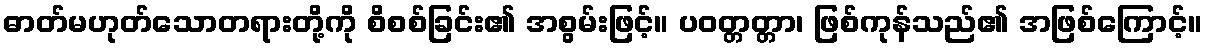
ဓာတ်မဟုတ်သောတရားတို့ကို စိစစ်ခြင်း၏ အစွမ်းဖြင့်။ ပဝတ္တတ္တာ၊ ဖြစ်ကုန်သည်၏ အဖြစ်ကြောင့်။